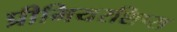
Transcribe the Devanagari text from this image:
प्रीमियरशिप्स